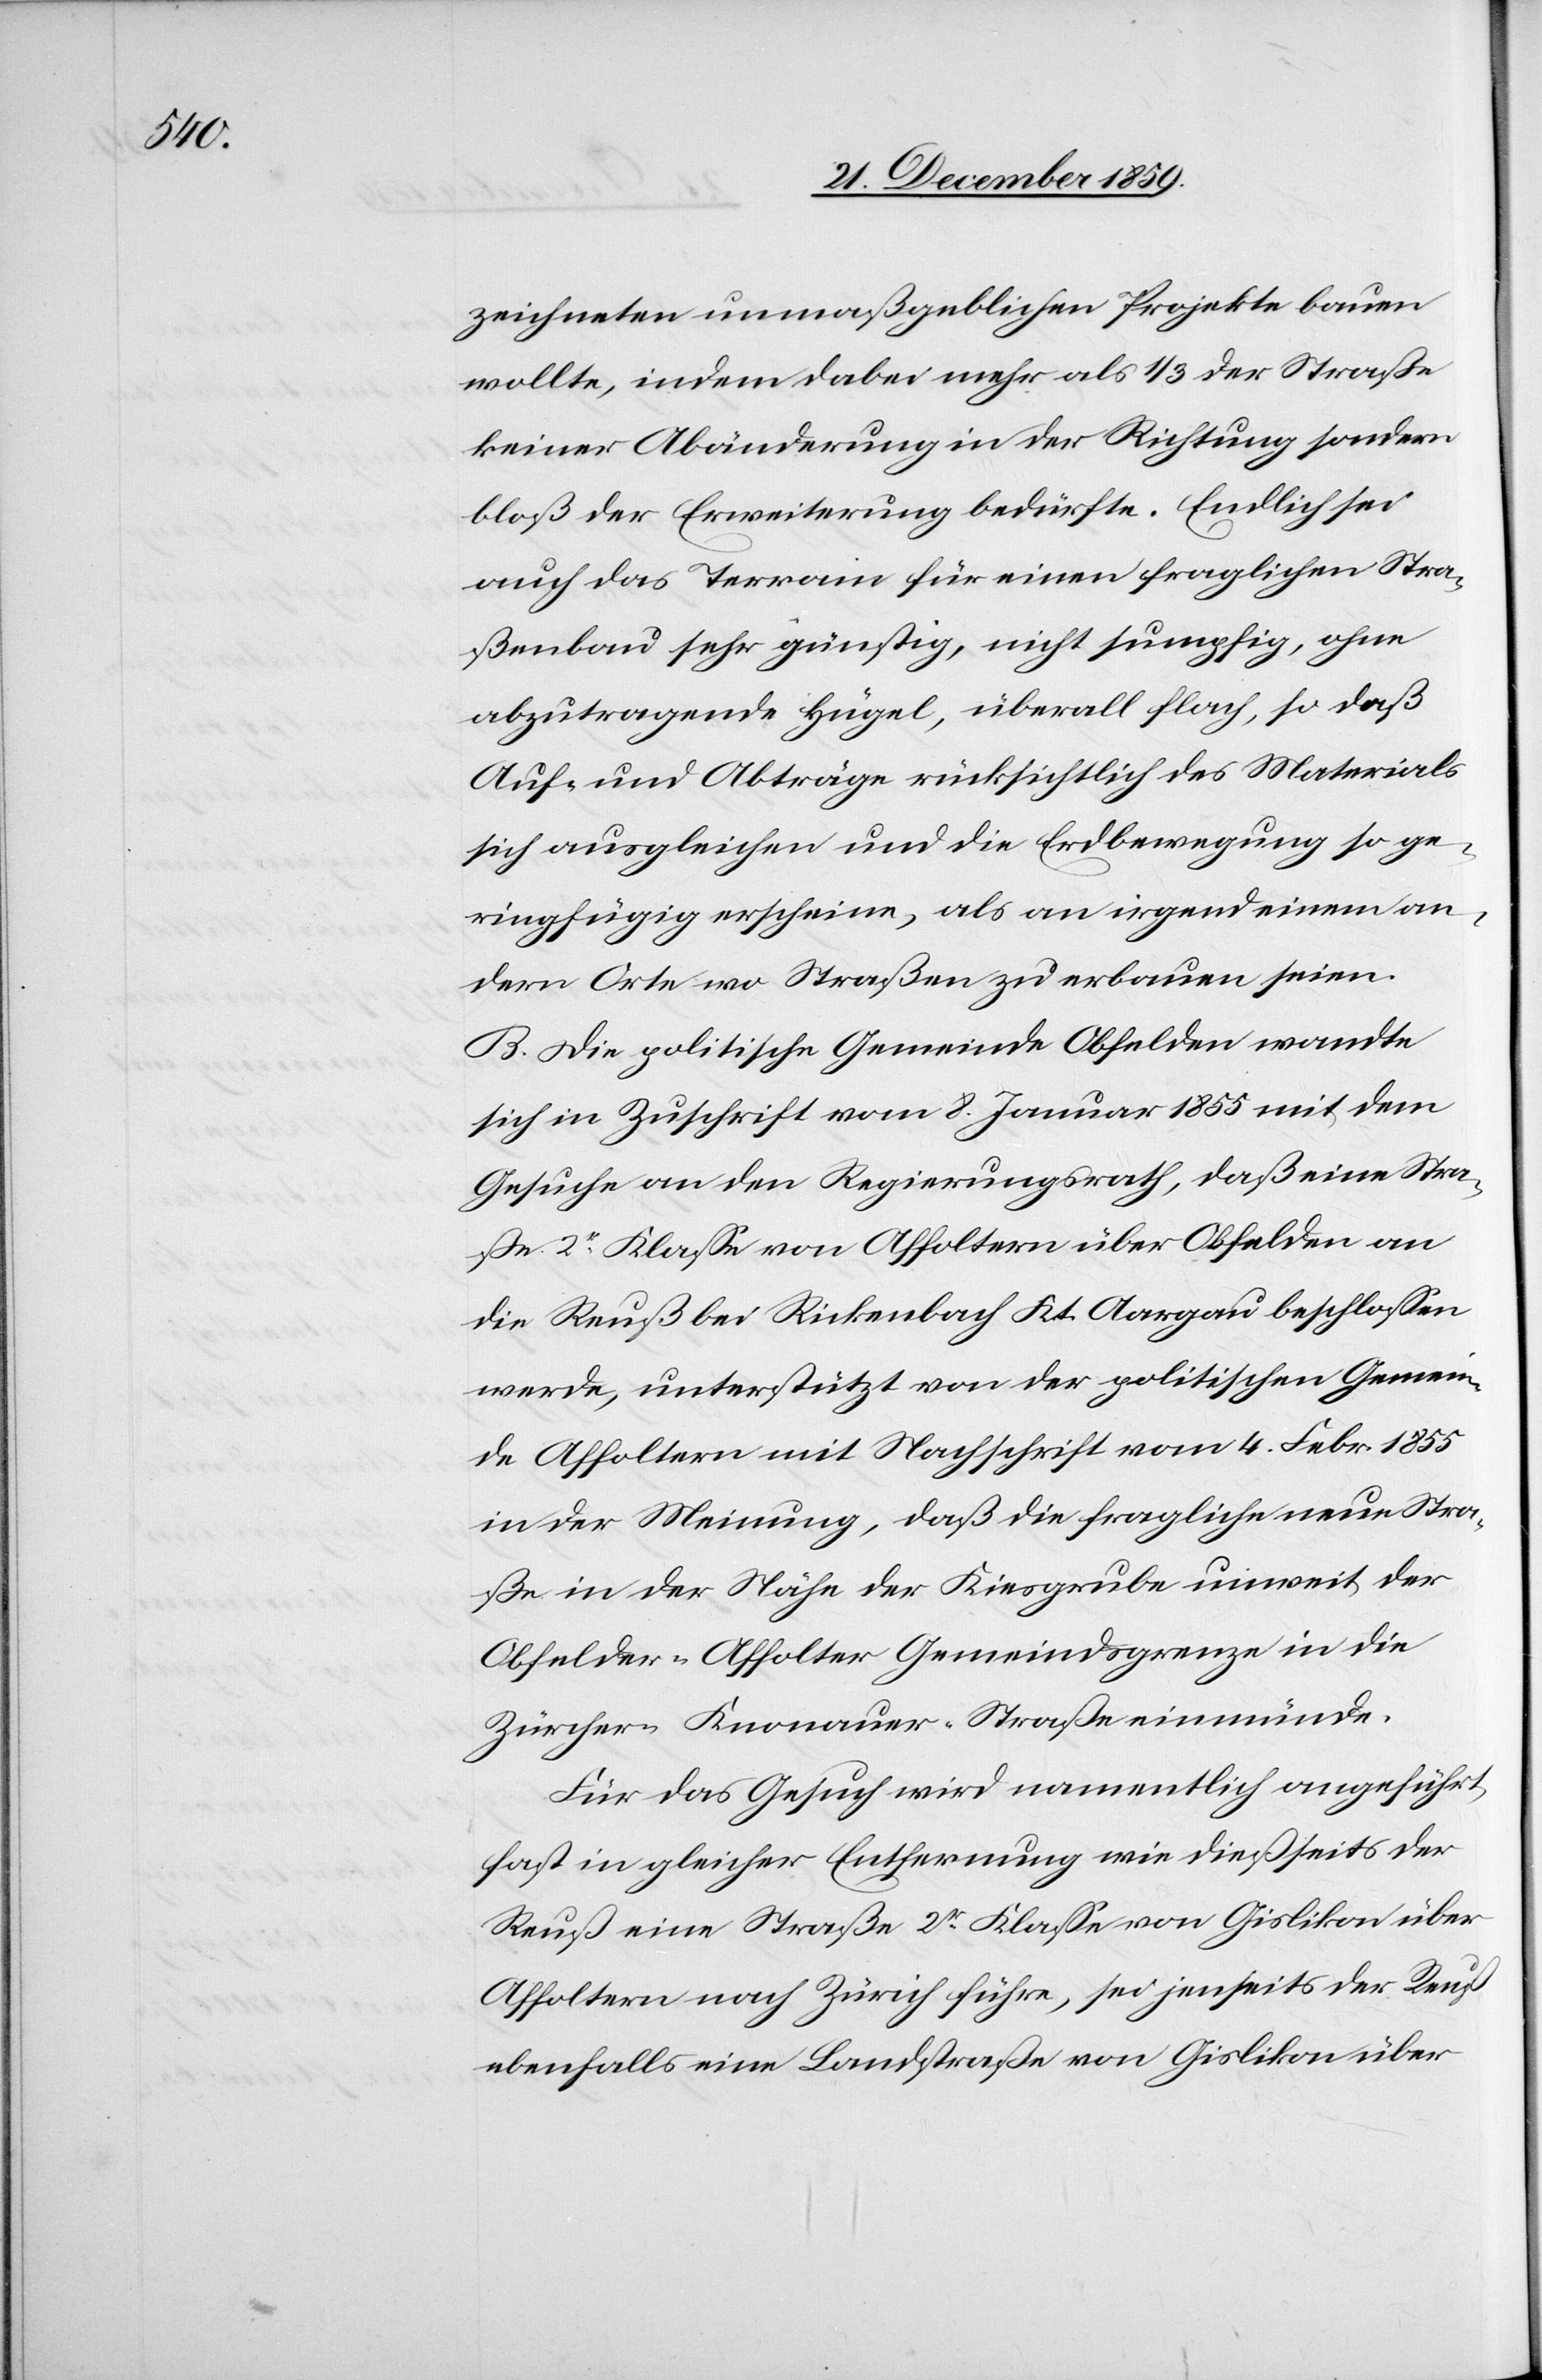
zeichneten unmaßgeblichen Projekte bauen
wollte, indem dabei mehr als 1/3 der Straße
keine Abänderung in der Richtung sondern
bloß der Erweiterung bedürfe. Endlich sei
auch das Terrain für einen fraglichen Stra¬
ßenbau sehr günstig, nicht sumpfig, ohne
abzutragende Hügel, überall flach, so daß
Auf- und Abträge rücksichtlich des Materials
sich ausgleichen und die Erdbewegung so ge¬
ringfügig erscheine, als an irgend einem an¬
dern Orte wo Straßen zu erbauen seien.
B. Die politische Gemeinde Obfelden wandte
sich in Zuschrift vom 8. Januar 1855 mit dem
Gesuche an der Regierungsrath, daß eine Stra¬
ße 2r Klasse von Affoltern über Obfelden an
die Reuß bei Rickenbach Kt. Aargau beschlossen
werde, unterstützt von der politischen Gemein¬
de Affoltern mit Nachschrift vom 4. Febr. 1855
in der Meinung, daß die fragliche neue Stra¬
ße in der Nähre der Kiesgrube unweit der
Obfelder-Affolter Gemeindsgrenze in die
Zürcher-Knonauer-Straße einmünde.
Für das Gesuch wird namentlich angeführt,
fast in gleicher Entfernung wie dießseits der
Reuß eine Straße 2r Klasse von Gislikon über
Affoltern nach Zürich führe, sei jenseits der Reuß
ebenfalls eine Landstraße von Gislikon über